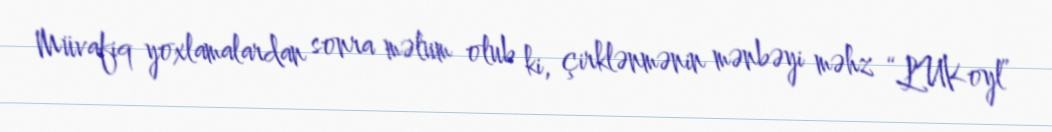
Müvafiq yoxlamalardan sonra məlum olub ki, çirklənmənin mənbəyi məhz “LUKoyl”